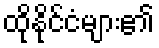
ထိုနိုင်ငံများ၏